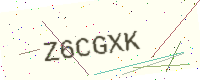
Text: Z6CGXK